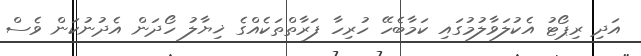
އަދި ރިޕޯޓު އެކުލަވާލުމުގައި ކަމާބެހޭ ހުރިހާ ފަރާތްތަކެއްގެ ޚިޔާލު ހޯދަން އެދުނުކަން ވެސް